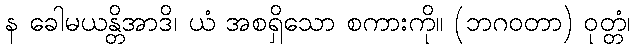
န ခေါမယန္တိအာဒိ၊ ယံ အစရှိသော စကားကို။ (ဘဂဝတာ) ဝုတ္တံ၊